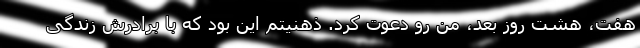
هفت، هشت روز بعد، من رو دعوت کرد. ذهنیتم این بود که با برادرش زندگی